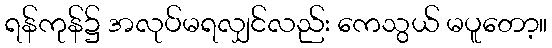
ရန်ကုန်၌ အလုပ်မရလျှင်လည်း ကေသွယ် မပူတော့။